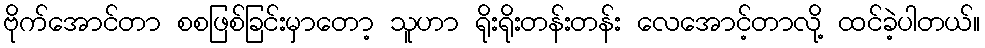
ဗိုက်အောင်တာ စစဖြစ်ခြင်းမှာတော့ သူဟာ ရိုးရိုးတန်းတန်း လေအောင့်တာလို့ ထင်ခဲ့ပါတယ်။